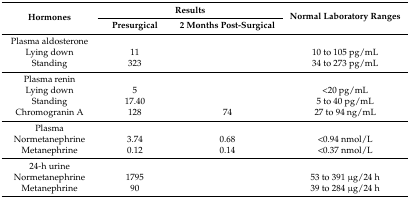
| <ROWSPAN=2> Hormones | <COLSPAN=2> Results | <ROWSPAN=2> Normal Laboratory Ranges |
 | Presurgical | 2 Months Post-Surgical |
 | --- | --- | --- | --- |
 | Plasma aldosterone |  |  |  |
 | Lying down | 11 |  | 10 to 105 pg/mL |
 | Standing | 323 |  | 34 to 273 pg/mL |
 | Plasma renin |  |  |  |
 | Lying down | 5 |  | <20 pg/mL |
 | Standing | 17.40 |  | 5 to 40 pg/mL |
 | Chromogranin A | 128 | 74 | 27 to 94 ng/mL |
 | Plasma |  |  |  |
 | Normetanephrine | 3.74 | 0.68 | <0.94 nmol/L |
 | Metanephrine | 0.12 | 0.14 | <0.37 nmol/L |
 | 24-h urine |  |  |  |
 | Normetanephrine | 1795 |  | 53 to 391 μg/24 h |
 | Metanephrine | 90 |  | 39 to 284 μg/24 h |